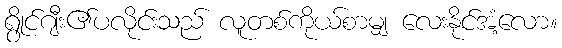
ရွိုင်ဂျီး၏ပလိုင်းသည် လူတစ်ကိုယ်စာမျှ လေးနိုင်အံ့လော။